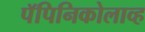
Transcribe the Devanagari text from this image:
पॅपिनिकोलाव्ह